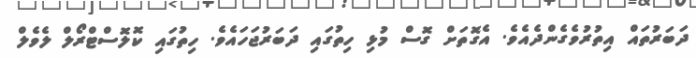
ދަބަރުތައް އިތުރުވެގެންދެއެވެ. އެގޮތަށް ގޮސް މުޅި ހިތުގައި ދަބަރުޖަހައެވެ. ހިތުގައި ކޮލޮސްޓްރޯލް ލެވެލް